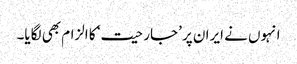
انہوں نے ایران پر ’جارحیت‘ کا الزام بھی لگایا۔